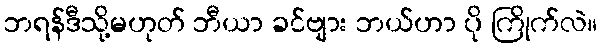
ဘရန်ဒီသို့မဟုတ် ဘီယာ ခင်ဗျား ဘယ်ဟာ ပို ကြိုက်လဲ။